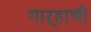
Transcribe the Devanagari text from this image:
गाऱ्हाणी